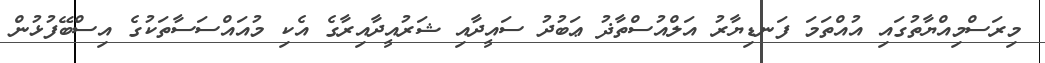
މިރަސްމިއްޔާތުގައި އުއްތަމަ ފަނޑިޔާރު އަލްއުސްތާޛު ޢަބުދު ސައީދާއި ޝަރުއީދާއިރާގެ އެކި މުއައްސަސާތަކުގެ އިސްބޭފުޅުން